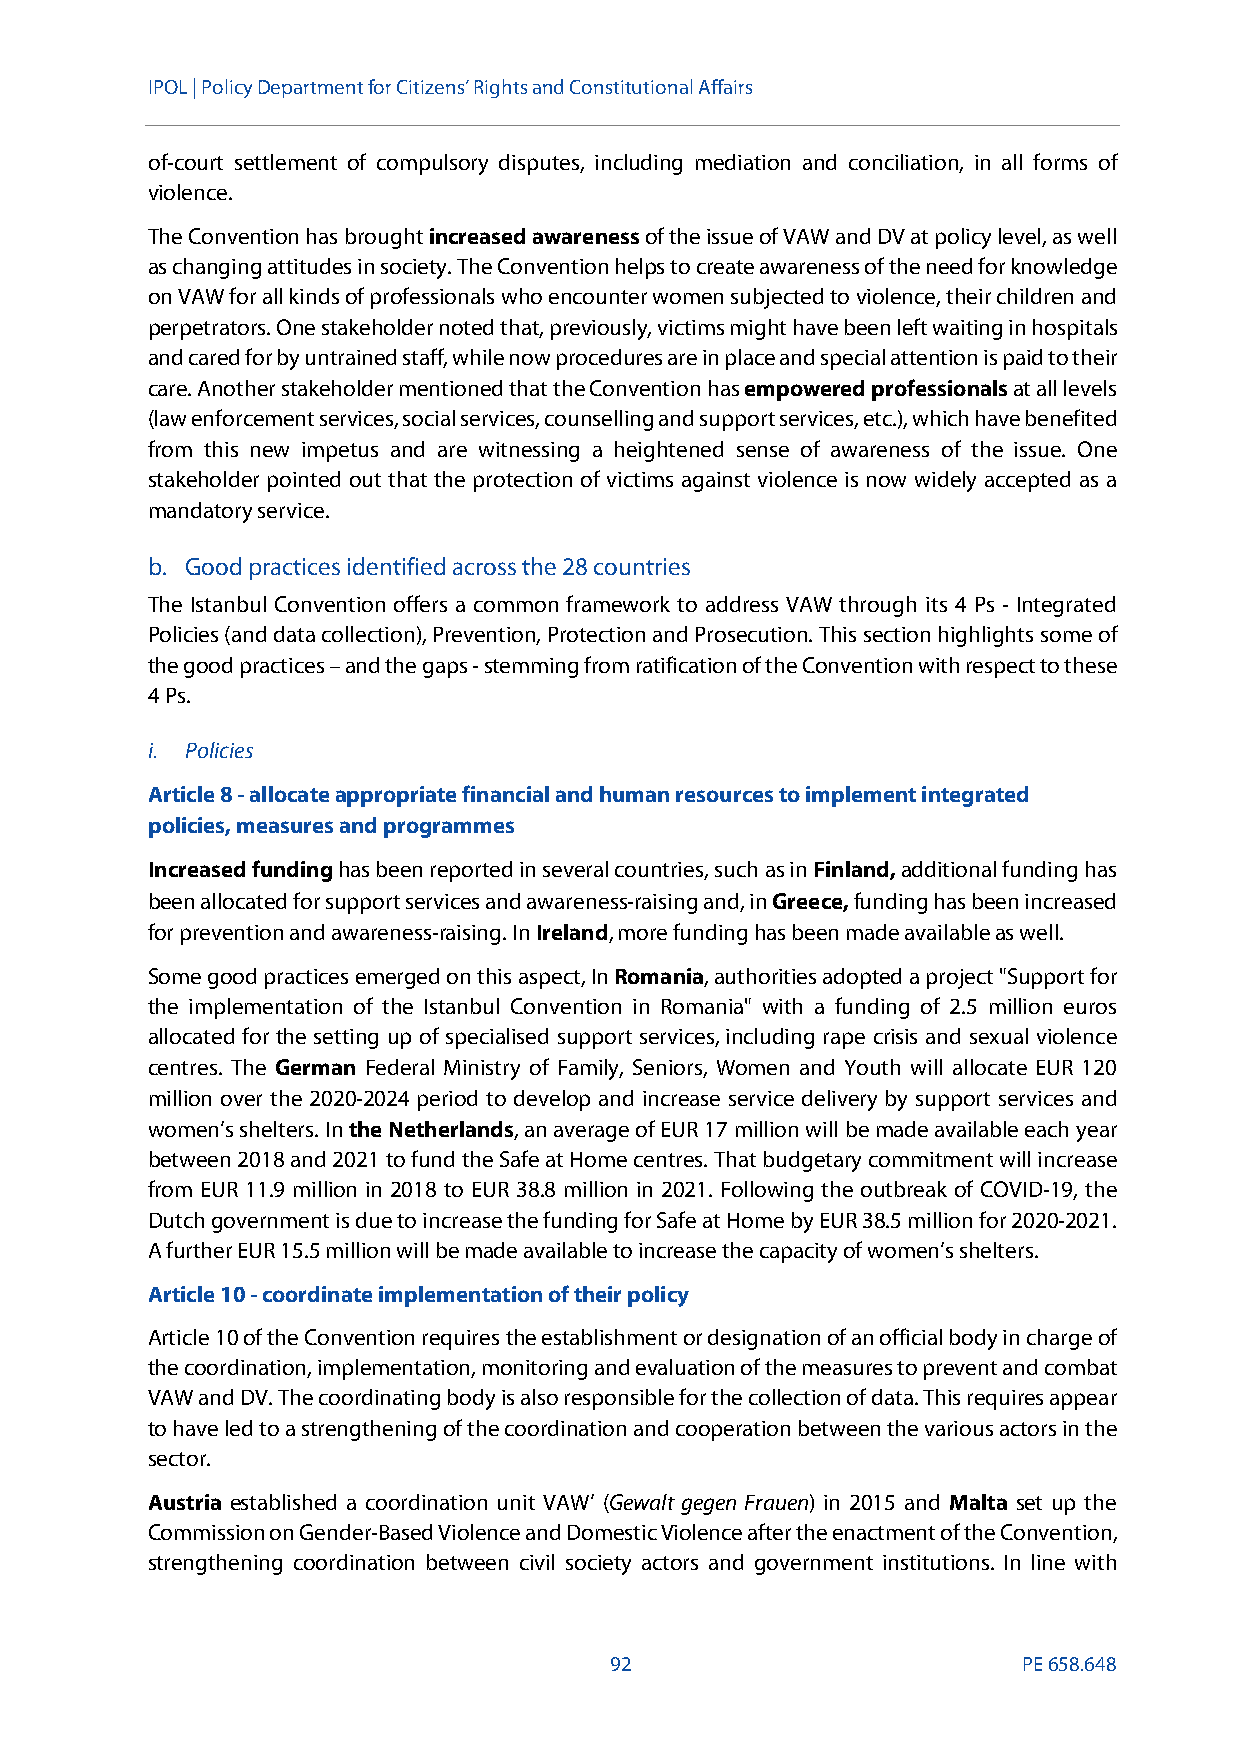
IPOL | Policy Departmentfor Citizens’ Rights and Constitutional Affairs
 of-court settlement of compulsory disputes, including mediation and conciliation, in all forms of
 violence.
 The Convention has broughtincreased awarenessof the issue of VAW and DV at policy level, as well
 as changing attitudes in society. The Convention helps to create awareness of the need for knowledge
 on VAW for all kinds of professionals who encounter women subjected to violence, their children and
 perpetrators. One stakeholder noted that, previously, victims might have been left waiting in hospitals
 and cared for by untrained staff, while now procedures are in place and special attention is paid to their
 care. Another stakeholder mentioned that the Convention hasempowered professionalsat all levels
 (law enforcement services, social services, counselling and support services, etc.), which have benefited
 from this new impetus and are witnessing a heightened sense of awareness of the issue. One
 stakeholder pointed out that the protection of victims against violence is now widely accepted as a
 mandatory service.
 b. Good practices identified across the 28 countries
 The Istanbul Convention offers a common framework to address VAW through its 4 Ps - Integrated
 Policies (and data collection), Prevention, Protection and Prosecution. This section highlights some of
 the good practices–and the gaps-stemming from ratification of the Convention with respect to these
 4 Ps.
 i. Policies
 Article 8-allocateappropriate financial and human resources to implement integrated
 policies, measures and programmes
 Increased fundinghas been reported in several countries, such asinFinland,additional funding has
 been allocated for support services and awareness-raisingand,inGreece,funding has been increased
 for prevention and awareness-raising. InIreland, more funding has been made availableas well.
 Some good practices emerged on this aspect,InRomania, authorities adopted a project "Support for
 the implementation of the Istanbul Convention in Romania" with a funding of 2.5 million euros
 allocated for the setting up of specialised support services, including rape crisis and sexual violence
 centres. The German Federal Ministry of Family, Seniors, Women and Youth will allocate EUR 120
 million over the 2020-2024 period to develop and increase service delivery by support services and
 women’s shelters. Inthe Netherlands, an average of EUR 17 million will bemade available each year
 between 2018 and 2021 to fund the Safe at Home centres. That budgetary commitment will increase
 from EUR 11.9 million in 2018 to EUR 38.8 million in 2021. Following the outbreak of COVID-19, the
 Dutch government is due to increasethe funding for Safe at Home by EUR 38.5 million for 2020-2021.
 A further EUR 15.5 million will be made available to increase the capacity of women’s shelters.
 Article 10-coordinate implementation of their policy
 Article 10of the Convention requires the establishmentor designationof an official body in chargeof
 the coordination, implementation, monitoring and evaluation of the measures to prevent and combat
 VAW and DV. The coordinating body is also responsible for the collection of data.This requires appear
 to have led to a strengthening of the coordination and cooperation between the various actors in the
 sector.
 Austria established a coordination unit VAW’ (Gewalt gegen Frauen) in 2015 and Malta set up the
 Commission on Gender-Based Violence and Domestic Violence after the enactment of the Convention,
 strengthening coordination between civil society actors and government institutions. In line with
 92                          PE658.648